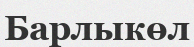
Барлыкөл